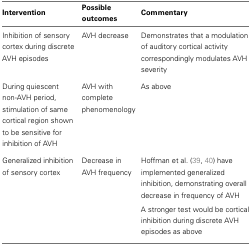
| Intervention | Possible outcomes | Commentary |
 | --- | --- | --- |
 | Inhibition of sensory cortex during discrete AVH episodes | AVH decrease | Demonstrates that a modulation of auditory cortical activity correspondingly modulates AVH severity |
 | During quiescent non-AVH period, stimulation of same cortical region shown to be sensitive for inhibition of AVH | AVH with complete phenomenology | As above |
 | Generalized inhibition of sensory cortex | Decrease in AVH frequency | Hoffman et al. (39, 40) have implemented generalized inhibition, demonstrating overall decrease in frequency of AVH |
 |  |  | A stronger test would be cortical inhibition during discrete AVH episodes as above |